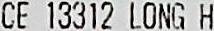
CE 13312 LONG H